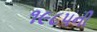
૧૯૮૫ની